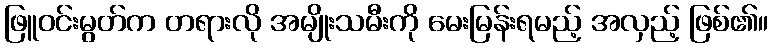
ဖြူဝင်းမွတ်က တရားလို အမျိုးသမီးကို မေးမြန်းရမည့် အလှည့် ဖြစ်၏။